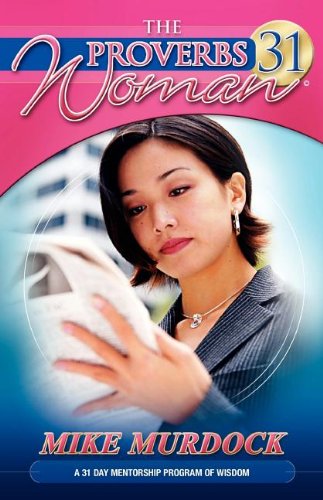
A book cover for The Proverbs 31 Woman; Mike Murdoch; Christian Books & Bibles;